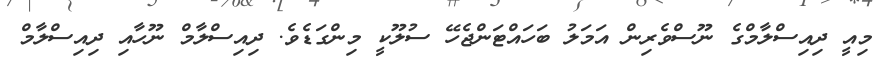
މިއީ ދިއިސްލާމްގެ ނޫސްވެރިން އަމަލު ބަހައްޓަންޖެހޭ ސުލޫކީ މިންގަޑެވެ. ދިއިސްލާމް ނޫހާއި ދިއިސްލާމް